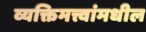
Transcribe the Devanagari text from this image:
व्यक्तिमत्त्वांमधील